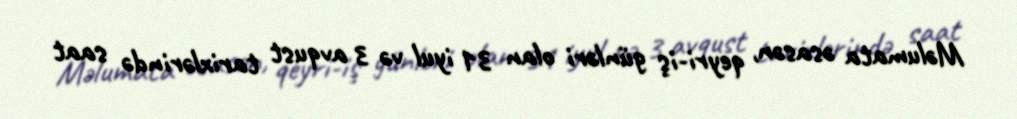
Məlumata əsasən, qeyri-iş günləri olan 31 iyul və 3 avqust tarixlərində saat